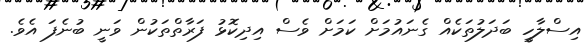
އިސްލާހީ ބަދަލުތަކެއް ގެނައުމަށް ކަމަށް ވެސް އިދިކޮޅު ފަރާތްތަކުން ވަނީ ބުނެފަ އެވެ.